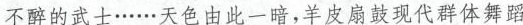
不醉的武士……天色由此一暗，羊皮扇鼓现代群体舞蹈